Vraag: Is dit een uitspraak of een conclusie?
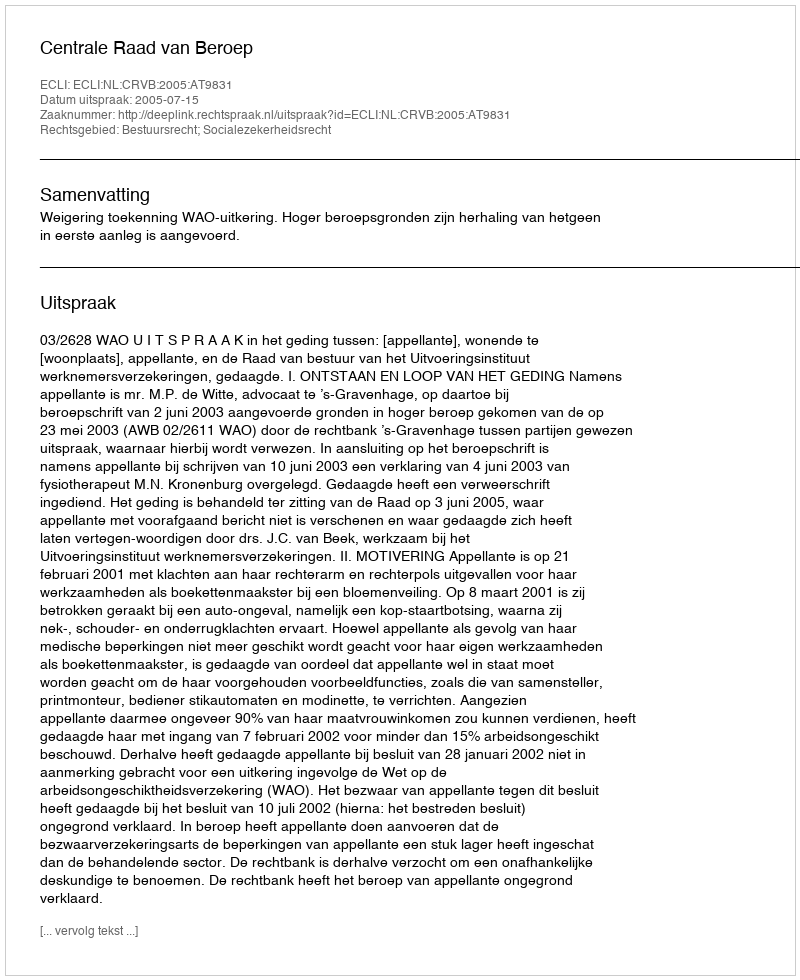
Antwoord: Uitspraak